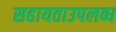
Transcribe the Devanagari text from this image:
सहायताउपलब्ध